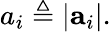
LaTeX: a_{i}\triangleq|\mathbf{a}_{i}|.